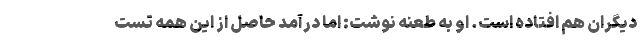
دیگران هم افتاده است. او به طعنه نوشت: اما درآمد حاصل از این همه تست